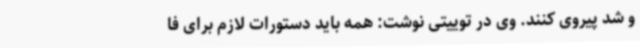
و شد پیروی کنند. وی در توییتی نوشت: همه باید دستورات لازم برای فا